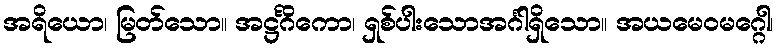
အရိယော၊ မြတ်သော။ အဋ္ဌင်္ဂိကော၊ ရှစ်ပါးသောအင်္ဂါရှိသော။ အယမေဝမဂ္ဂေါ၊